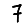
Digit: 7